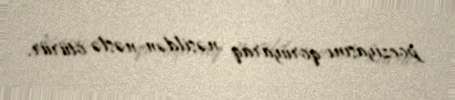
poeziyasını qoruyaraq nəsildən-nəslə ötürür.